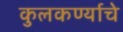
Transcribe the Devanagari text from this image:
कुलकर्ण्याचे